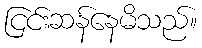
ငြင်းဆန်နေမိသည်။